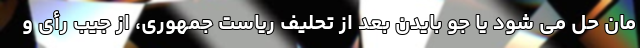
مان حل می شود یا جو بایدن بعد از تحلیف ریاست جمهوری، از جیب رأی و